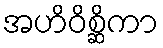
အဟိဝိစ္ဆိကာ